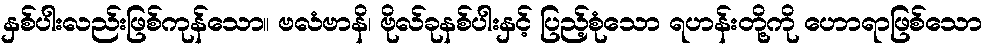
နှစ်ပါးလည်းဖြစ်ကုန်သော။ ဗလံဗာနိ၊ ဗိုလ်ခုနစ်ပါးနှင့် ပြည့်စုံသော ရဟန်းတို့ကို ဟောရာဖြစ်သော